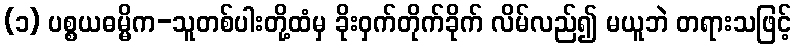
(၁) ပစ္စယဓမ္မိက-သူတစ်ပါးတို့ထံမှ ခိုးဝှက်တိုက်ခိုက် လိမ်လည်၍ မယူဘဲ တရားသဖြင့်